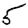
Digit: 5